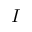
I